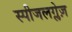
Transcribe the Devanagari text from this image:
स्पीजलग्लेज़